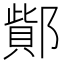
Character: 𨝳